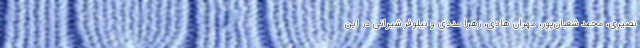
نصیری، محمد شعبان‌پور، مهران هادی، زهرا مددی و نیلوفر شیرانی در این